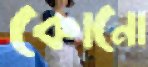
কোনো